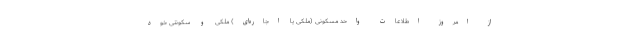
از امروز اطلاعات واحد مسکونی (ملکی یا اجاره‌ای) ملکی و سکونتی خود